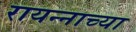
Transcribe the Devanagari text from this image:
रायन्नाच्या